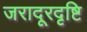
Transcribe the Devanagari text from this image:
जरादूरदृष्टि